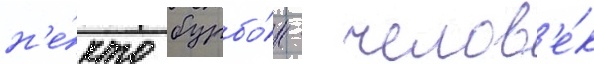
н'е́кто бурбо́н - челов'е́к